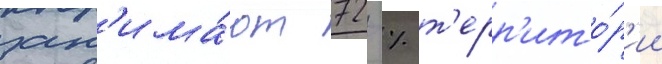
зан'има́ют 72 % т'ерр'ито́р'ии